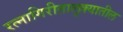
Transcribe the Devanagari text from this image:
रत्‍नागिरीतालुक्यातील